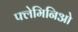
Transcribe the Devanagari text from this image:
फ्लेमिनिओ